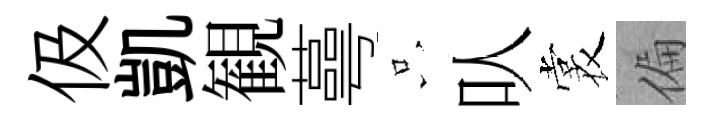
伋凱観蕚只㕥裳偏